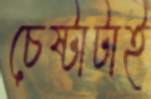
চেষ্টাটাই